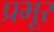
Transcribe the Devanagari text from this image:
प्रभूर